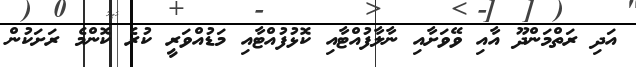
އަދި ރަތްމަންދޫ އާއި ވޭވަށާއި ނާލާފުއްޓާއި ކޮޅުފުއްޓާއި މަޑުއްވަރީ ކުރެ ކޮންމެ ރަށަކުން